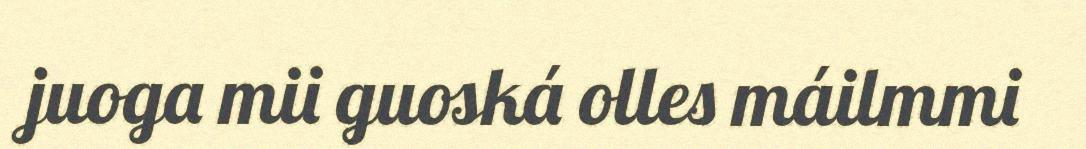
juoga mii guoská olles máilmmi